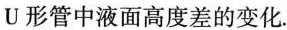
U形管中液面高度差的变化.